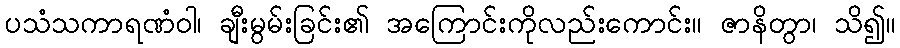
ပသံသကာရဏံဝါ၊ ချီးမွမ်းခြင်း၏ အကြောင်းကိုလည်းကောင်း။ ဇာနိတွာ၊ သိ၍။